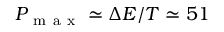
P _ { \mathrm { ~ m ~ a ~ x ~ } } \simeq \Delta E / T \simeq 5 1